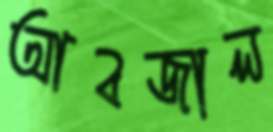
আবজাল